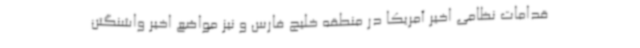
قدامات نظامی اخیر آمریکا در منطقه خلیج فارس و نیز مواضع اخیر واشنگتن